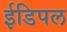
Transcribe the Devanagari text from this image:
ईडिपल